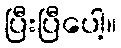
ပြီးပြီပေါ့။